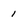
Character: 1